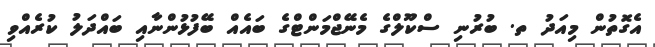
އެގޮތުން މިއަދު ތ. ބުރުނި ސްކޫލްގެ މެނޭޖްމަންޓްގެ ބައެއް ބޭފުޅުންނާއި ބައްދަލު ކުރެއްވި